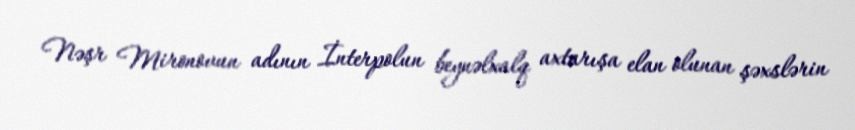
Nəşr Mironovun adının İnterpolun beynəlxalq axtarışa elan olunan şəxslərin